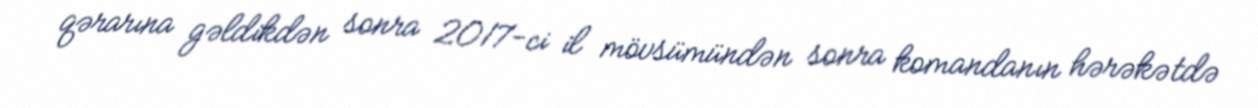
qərarına gəldikdən sonra 2017-ci il mövsümündən sonra komandanın hərəkətdə